Lunatic asylums Central Provinces reports 1874-1885 - 1874-1885
Year: 1874
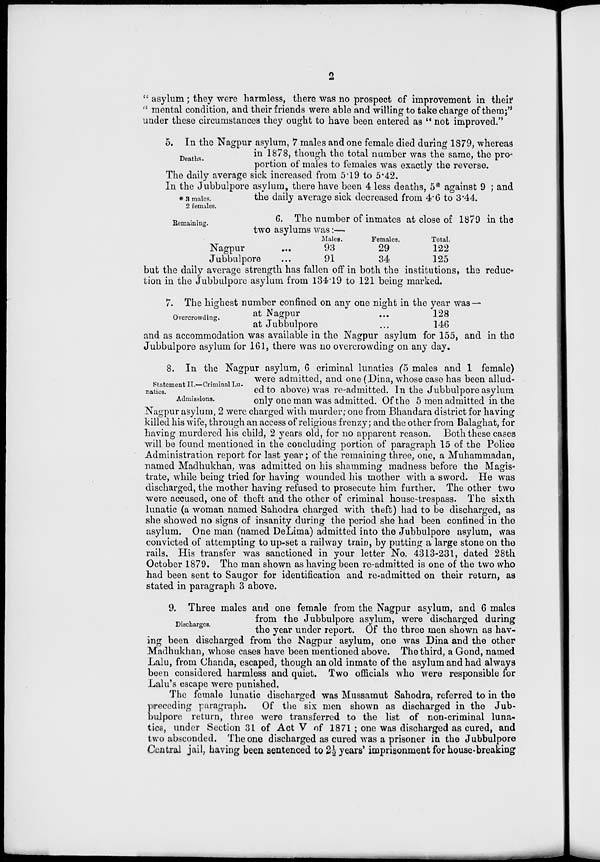
2
" asylum; they were harmless, there was no prospect of improvement in
under these circumstances they ought to have been entered as " not improved."
Deaths.
5. In the Nagpur asylum, 7 males and one female died during 1879, whereas
in 1878, though the total number was the same, the pro-
portion of males to females was exactly the reverse.
The daily average sick increased from 5.19 to 5.42.
In the Jubbulpore asylum, there have been 4 less deaths, 5* against 9 ; and
* 3 males.
2 females.
the daily average sick decreased from 4.6 to 3.44.
Remaining.
6. The number of inmates at close of 1879 in the
two asylums was:—
Nagpur ...
Jubbulpore ...
Males.
93
91
Females.
29
34
Total.
122
125
but the daily average strength has fallen off in both the institutions, the reduc-
tion in the Jubbulpore asylum from 134.19 to 121 being marked.
Overcrowding.
7. The highest number confined on any one night in the year was —
at Nagpur ...
at Jubbulpore ...
128
146
and as accommodation was available in the Nagpur asylum for 155, and in the
Jubbulpore asylum for 161, there was no overcrowding on any day.
Statement II.—Criminal Lu-
natics.
Admissions.
8. In the Nagpur asylum, 6 criminal lunatics (5 males and 1 female)
were admitted, and one (Dina, whose case has been allud-
ed to above) was re-admitted. In the Jubbulpore asylum
only one man was admitted. Of the 5 men admitted in the
Nagpur asylum, 2 were charged with murder; one from Bhandara district for having
killed his wife, through an access of religious frenzy; and the other from Balaghat, for
having murdered his child, 2 years old, for no apparent reason. Both these cases
will be found mentioned in the concluding portion of paragraph 15 of the Police
Administration report for last year; of the remaining three, one, a Muhammadan,
named Madhukhan, was admitted on his shamming madness before the Magis-
trate, while being tried for having wounded his mother with a sword. He was
discharged, the mother having refused to prosecute him further. The other two
were accused, one of theft and the other of criminal house-trespass. The sixth
lunatic (a woman named Sahodra charged with theft) had to be discharged, as
she showed no signs of insanity during the period she had been confined in the
asylum. One man (named DeLima) admitted into the Jubbulpore asylum, was
convicted of attempting to up-set a railway train, by putting a large stone on the
rails. His transfer was sanctioned in your letter No. 4313-231, dated 28th
October 1879. The man shown as having been re-admitted is one of the two who
had been sent to Saugor for identification and re-admitted on their return, as
stated in paragraph 3 above.
Discharges.
9. Three males and one female from the Nagpur asylum, and 6 males
from the Jubbulpore asylum, were discharged during
the year under report. Of the three men shown as hav-
ing been discharged from the Nagpur asylum, one was Dina and the other
Madhukhan, whose cases have been mentioned above. The third, a Gond, named
Lalu, from Chanda, escaped, though an old inmate of the asylum and had always
been considered harmless and quiet. Two officials who were responsible for
Lalu's escape were punished.
The female lunatic discharged was Mussamut Sahodra, referred to in the
preceding paragraph.
Of the six men shown as discharged in the Jub-
bulpore return, three were transferred to the list of non-criminal luna-
tics, under Section 31 of Act V of 1871 ; one was discharged as cured, and
two absconded. The one discharged as cured was a prisoner in the Jubbulpore
Central jail, having been sentenced to 2½ years' imprisonment for house-breaking